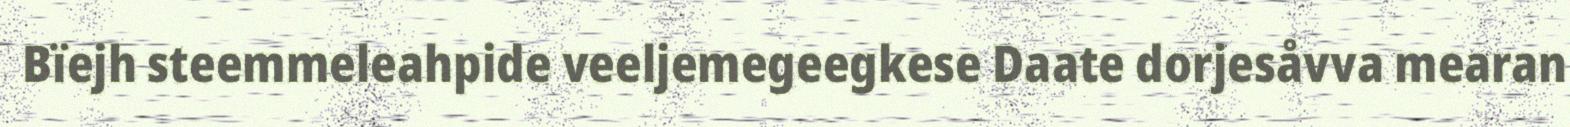
Bïejh steemmeleahpide veeljemegeegkese Daate dorjesåvva mearan